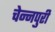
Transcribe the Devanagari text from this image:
चेन्नपुरी